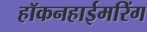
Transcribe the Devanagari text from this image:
हॉकनहाईमरिंग